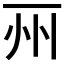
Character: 𠀦